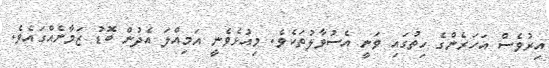
އިރުވެސް އަހަރެންގެ ހިތުގައި ވަނީ އެސުވާލުތަކެވެ. މިއުޅެވެނީ އަމިއްލަ އެދުން ބޮޑު ޒަމާނެއްގައެވެ.